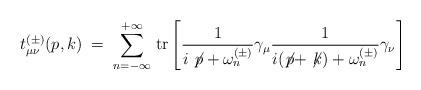
LaTeX: \begin{align*}t^{(\pm)}_{\mu\nu}(p,k) \;=\; \sum_{n=-\infty}^{+\infty} \,{\rm tr} \left[\frac{1}{i \not \! p + \omega_n^{(\pm)}} \gamma_\mu \frac{1}{i (\not \! p + \not \! k) + \omega_n^{(\pm)}} \gamma_\nu \right]\end{align*}